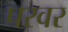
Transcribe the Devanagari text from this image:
परवर